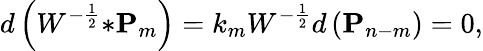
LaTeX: d\left(W^{-\frac{1}{2}}{\ast{\mathbf P}_{m}}\right)=k_{m}W^{-\frac{1}{2}}d\left({\mathbf P}_{n-m}\right)=0,